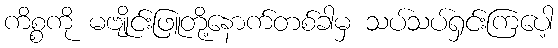
ကိစ္စကို မဗျိုင်းဖြူတို့နောက်တစ်ခါမှ သပ်သပ်ရှင်းကြပေါ့